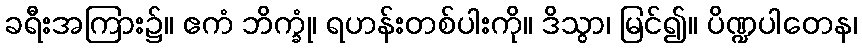
ခရီးအကြား၌။ ဧကံ ဘိက္ခုံ၊ ရဟန်းတစ်ပါးကို။ ဒိသွာ၊ မြင်၍။ ပိဏ္ဍပါတေန၊